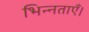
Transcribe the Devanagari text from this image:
भिन्नताएँ।